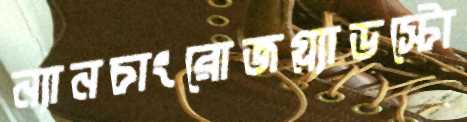
ন্যানচাংরোজগ্ল্যাডস্টো